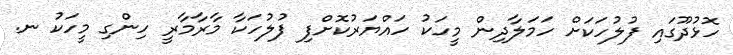
ހޮޅުދޫގައި ފުލުހަކަށް ހަމަލާދިން މީހަކު ހައްޔަރުކޮށްފި ފުލުހަކާ މާރާމާރީ ހިންގި މީހަކު ނ.